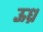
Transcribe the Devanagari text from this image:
ऊध्र